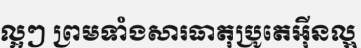
ល្អៗ ព្រមទាំងសារធាតុប្រូតេអ៊ីនល្អ